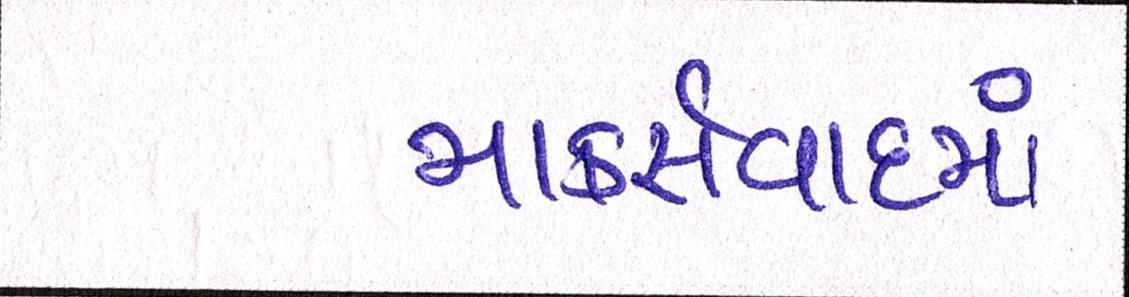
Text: માર્ક્સવાદમાં